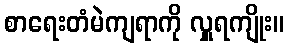
စာရေးတံမဲကျရာကို လှူရကျိုး။